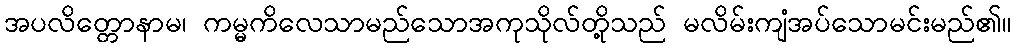
အပလိတ္တောနာမ၊ ကမ္မကိလေသာမည်သောအကုသိုလ်တို့သည် မလိမ်းကျံအပ်သောမင်းမည်၏။